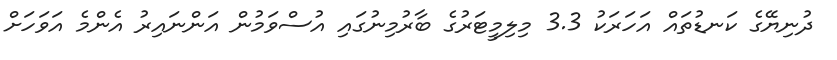
ދުނިޔޭގެ ކަނޑުތައް އަހަރަކު 3.3 މިލިމީޓަރުގެ ބާރުމިނުގައި އުސްވަމުން އަންނައިރު އެންމެ އަވަހަށް